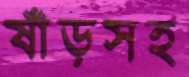
ষাঁড়সহ